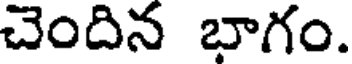
చెందిన భాగం.